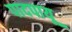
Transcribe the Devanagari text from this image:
पादपायू